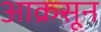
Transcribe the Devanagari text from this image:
आक्रसून